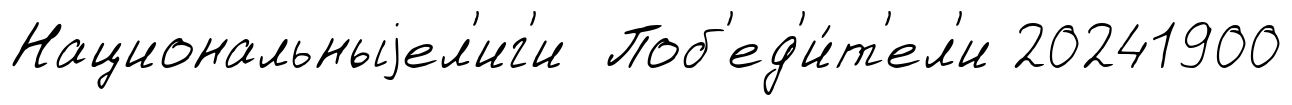
Национальныjел'иг'и Поб'ед'и́т'ел'и 20241900